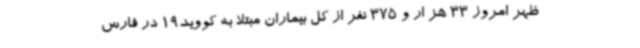
ظهر امروز 33 هز ار و 375 نفر از کل بیماران مبتلا به کووید19 در فارس